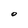
Character: O